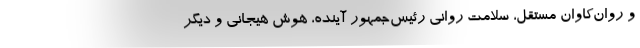
و روان‌کاوان مستقل، سلامت روانی رئیس‌جمهور آینده، هوش هیجانی و دیگر